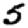
Digit: 5